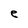
Character: e